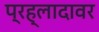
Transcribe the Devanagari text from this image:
प्रह्लादावर